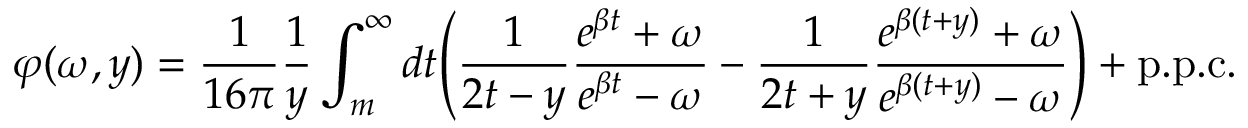
\varphi ( \omega , y ) = \frac { 1 } { 1 6 \pi } \frac { 1 } { y } \int _ { m } ^ { \infty } d t \Bigg ( \frac { 1 } { 2 t - y } \frac { e ^ { \beta t } + \omega } { e ^ { \beta t } - \omega } - \frac { 1 } { 2 t + y } \frac { e ^ { \beta ( t + y ) } + \omega } { e ^ { \beta ( t + y ) } - \omega } \Bigg ) + \mathrm { p . p . c . }